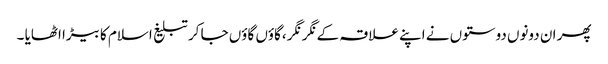
پھر ان دونوں دوستوں نے اپنے علاقہ کے نگر نگر ،گاؤں گاؤں جا کر تبلیغ اسلام کا بیڑا اٹھایا ۔